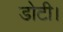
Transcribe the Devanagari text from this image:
डोटी।